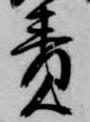
責